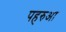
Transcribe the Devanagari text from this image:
पहरुआ